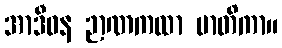
အာဒီဝန ဉာဏကထာ မာတိကာ။